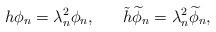
LaTeX: \begin{align*}h \phi_n = \lambda_n^2 \phi_n , \;\;\;\;\;\;\tilde{h} \widetilde{\phi}_n = \lambda_n^2 \widetilde{\phi}_n ,\end{align*}